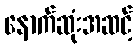
နောက်ဆုံးအဆင့်